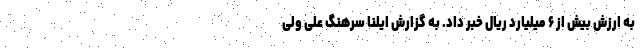
به ارزش بیش از ۶ میلیارد ریال خبر داد. به گزارش ایلنا سرهنگ علی ولی